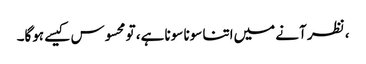
، نظر آنے میں‌اتنا سونا سونا ہے، تو محسوس کیسے ہوگا۔